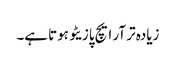
زیادہ تر آر ایچ پازیٹو ہوتا ہے۔